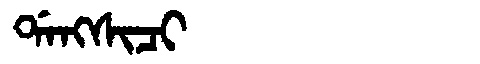
Manchu: ᡩᠠᠩᠰᡳᠴᡳ
Romanization: DANGSICI